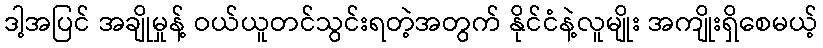
ဒါ့အပြင် အချိုမှုန့် ဝယ်ယူတင်သွင်းရတဲ့အတွက် နိုင်ငံနဲ့လူမျိုး အကျိုးရှိစေမယ့်